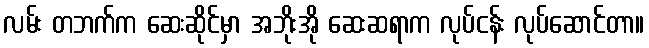
လမ်း တဘက်က ဆေးဆိုင်မှာ အဘိုးအို ဆေးဆရာက လုပ်ငန်း လုပ်ဆောင်တာ။